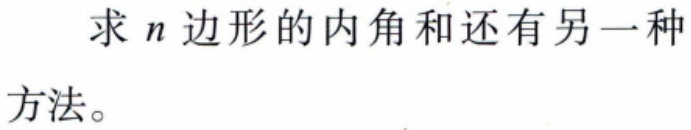
求 \(n\) 边形的内角和还有另一种方法。